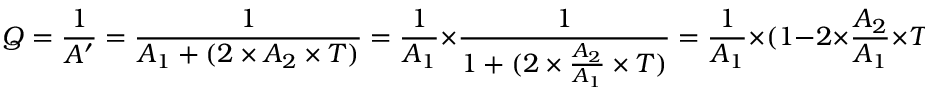
Q = { \frac { 1 } { A ^ { \prime } } } = { \frac { 1 } { A _ { 1 } + ( 2 \times A _ { 2 } \times T ) } } = { \frac { 1 } { A _ { 1 } } } \times { \frac { 1 } { 1 + ( 2 \times { \frac { A _ { 2 } } { A _ { 1 } } } \times T ) } } = { \frac { 1 } { A _ { 1 } } } \times ( 1 - 2 \times { \frac { A _ { 2 } } { A _ { 1 } } } \times T ) = { \frac { 1 } { A _ { 1 } } } - ( 2 \times { \frac { A _ { 2 } } { ( A _ { 1 } \times A _ { 1 } ) } } \times T )